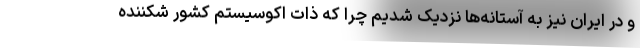
و در ایران نیز به آستانه‌ها نزدیک شدیم چرا که ذات اکوسیستم کشور شکننده